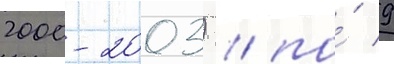
2000-2003) / по́ 9